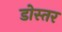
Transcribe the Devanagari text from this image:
डोस्तर